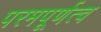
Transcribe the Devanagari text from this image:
परमपूर्णत्व